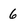
Character: 6